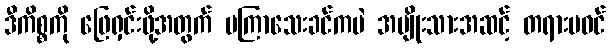
ဒီကိစ္စကို ဖြေရှင်းဖို့အတွက် မကြာသေးခင်ကပဲ အမျိုးသားအဆင့် တရားမဝင်